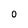
Character: O